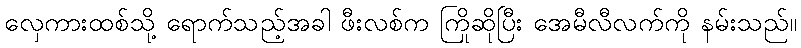
လှေကားထစ်သို့ ရောက်သည့်အခါ ဖီးလစ်က ကြိုဆိုပြီး အေမီလီလက်ကို နမ်းသည်။